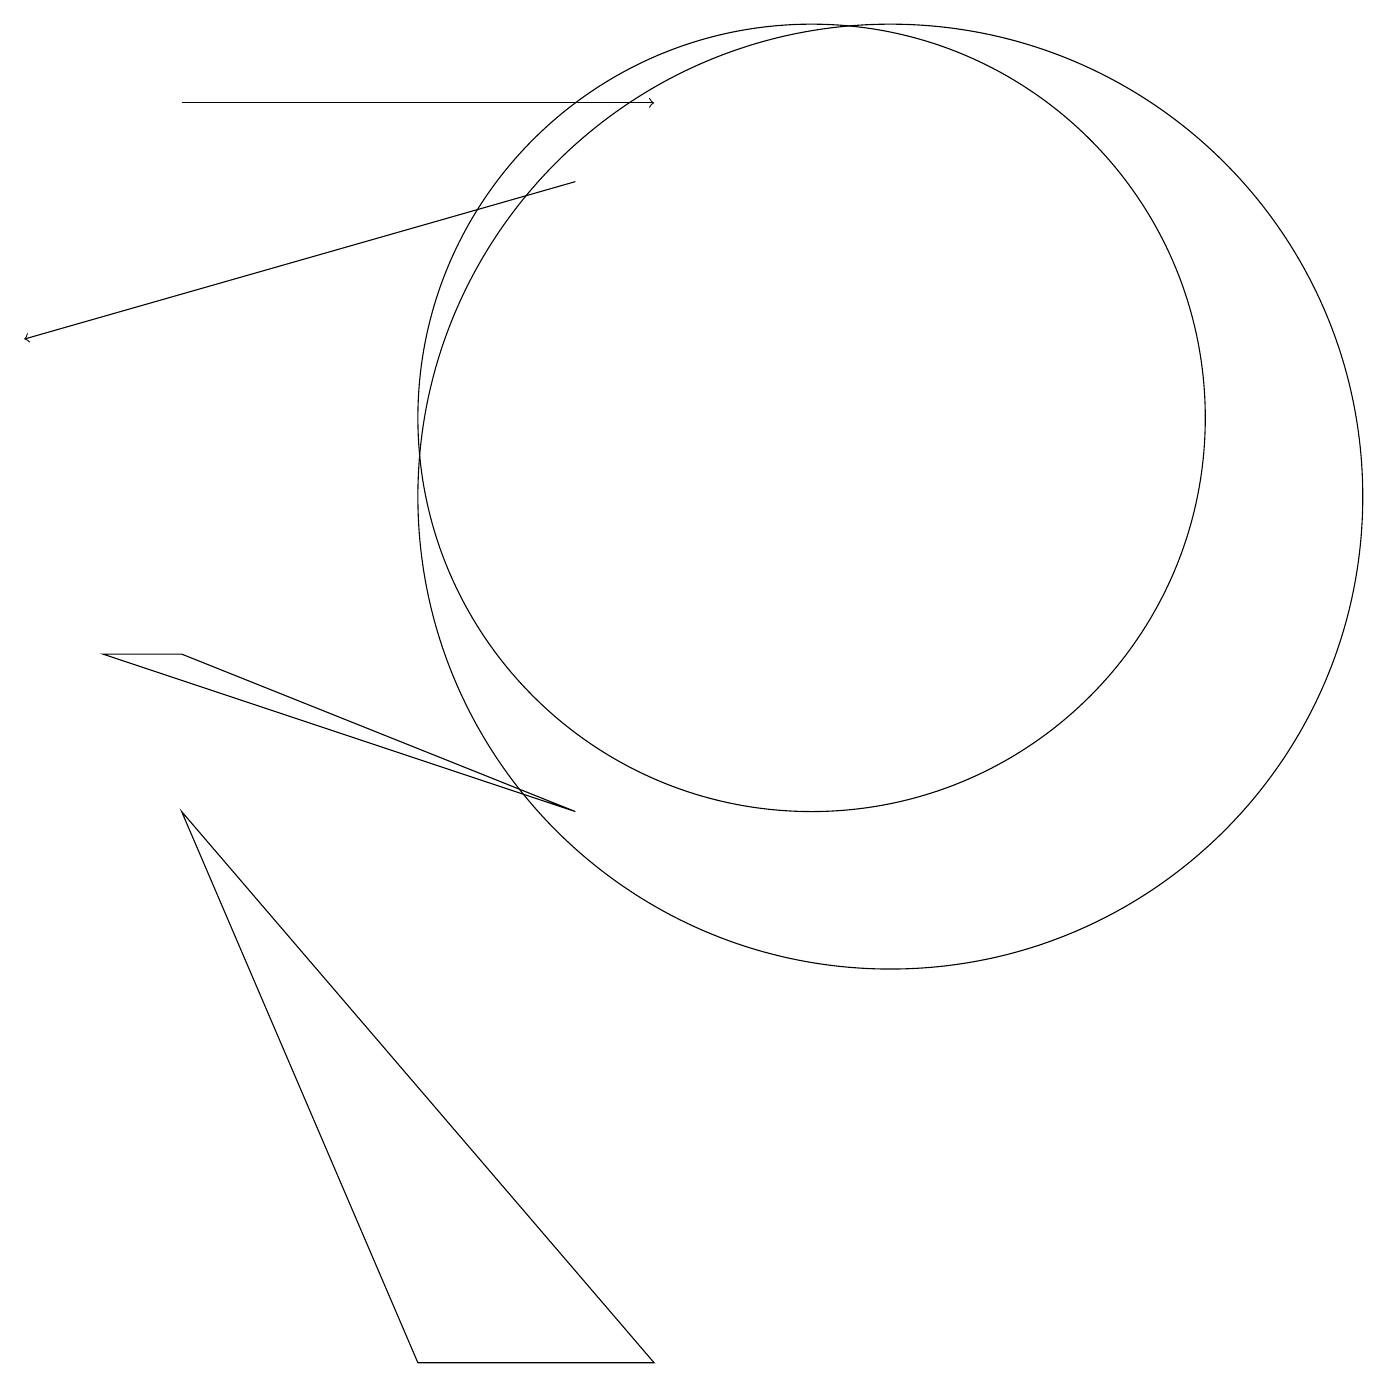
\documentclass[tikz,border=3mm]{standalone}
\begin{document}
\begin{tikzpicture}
\draw (3,7) -- (6,0) -- (9,0) -- cycle;
\draw[->] (3,16) -- (9,16);
\draw (11,12) circle (5);
\draw (8,7) -- (3,9) -- (2,9) -- cycle;
\draw[->] (8,15) -- (1,13);
\draw (12,11) circle (6);
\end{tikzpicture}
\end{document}